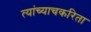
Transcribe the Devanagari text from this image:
त्यांच्याचकरिता